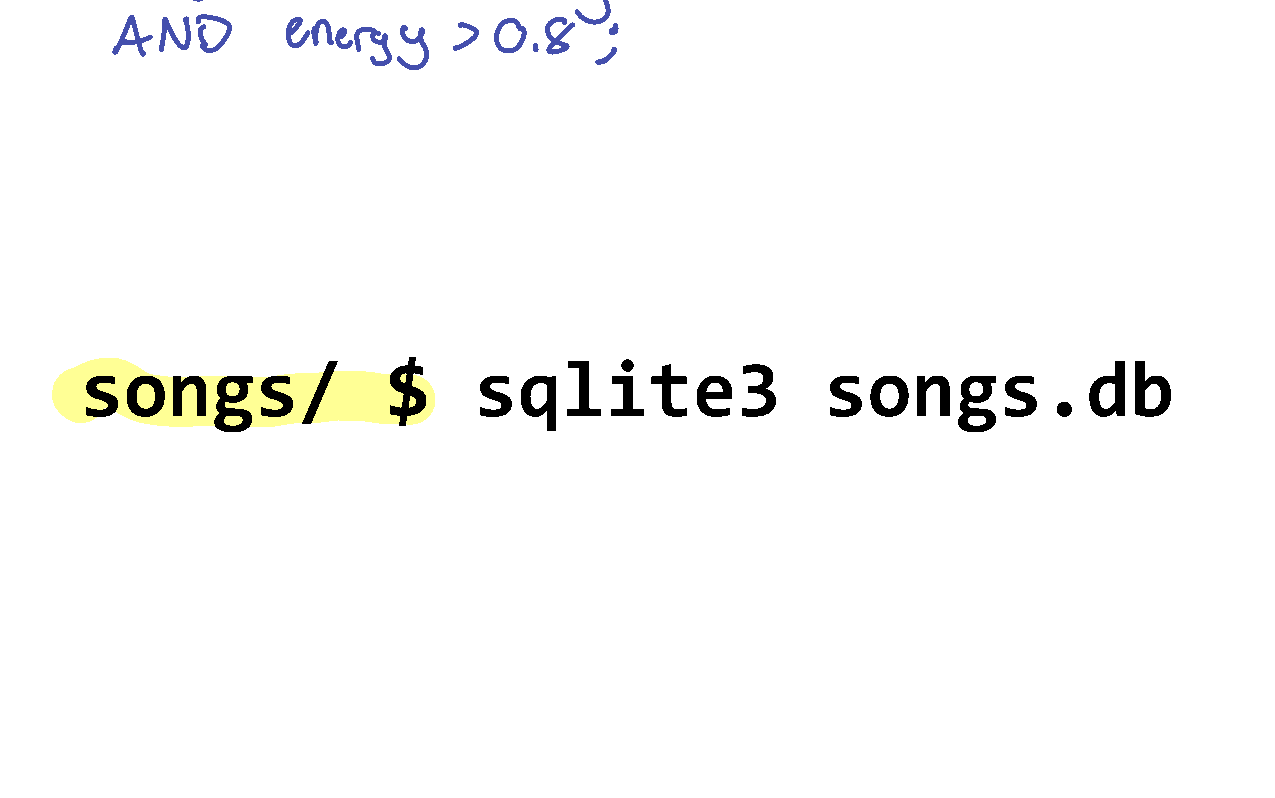
songs/               $    sqlite3                 songs.db